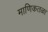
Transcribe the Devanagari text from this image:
माणिकतळा